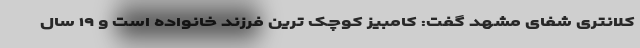
کلانتری شفای مشهد گفت: کامبیز کوچک ترین فرزند خانواده است و ۱۹ سال